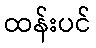
ထန်းပင်